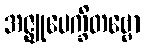
အဇ္ဈုပေက္ခိတဗ္ဗော